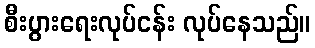
စီးပွားရေးလုပ်ငန်း လုပ်နေသည်။